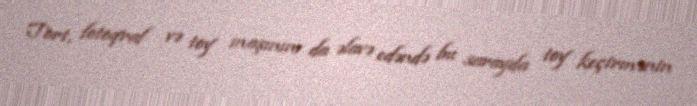
Tort, fotoqraf və toy maşınını da əlavə edəndə bu sarayda toy keçirmənin